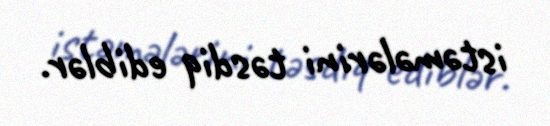
istəmələrini təsdiq ediblər.